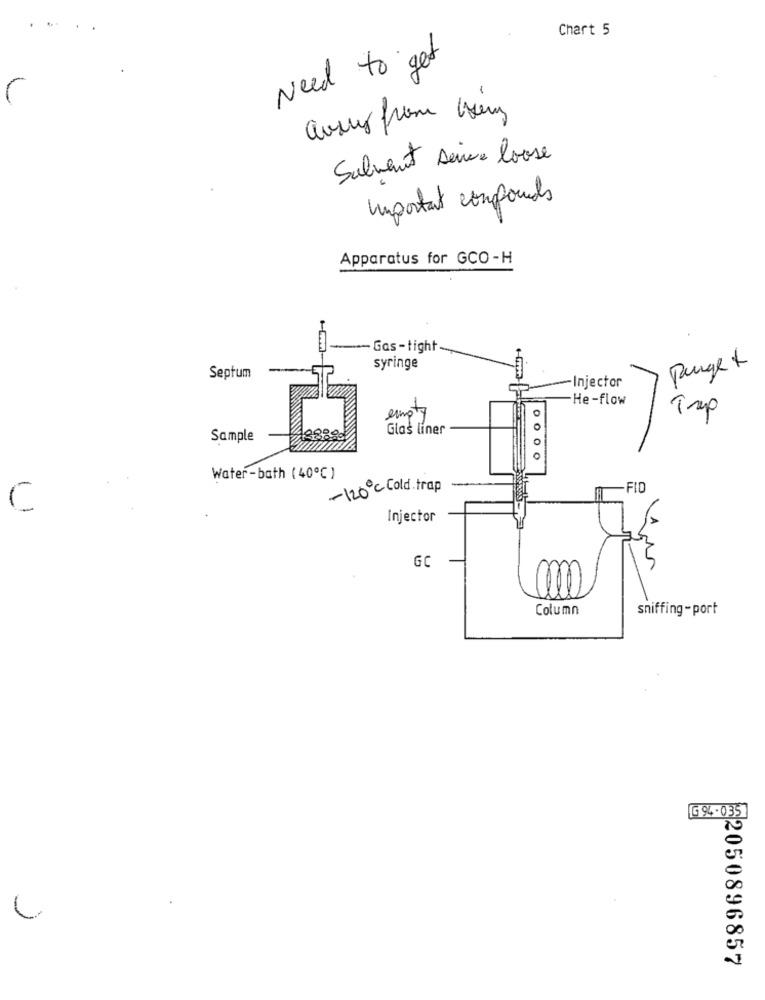
Chart 5
Need to get
avus from using
Salvant Deive Loose
Important compounds
Apparatus for GCO -H
- Gas - tight
Septum
syringe
Purge +
-Injector
He-flow
empty
Trep
Glas liner
Sample
Water-bath (40℃ )
-120℃ Cold. trap
-FID
C
Injector
GC
Column
sniffing -port
G 94 .035
22050896857